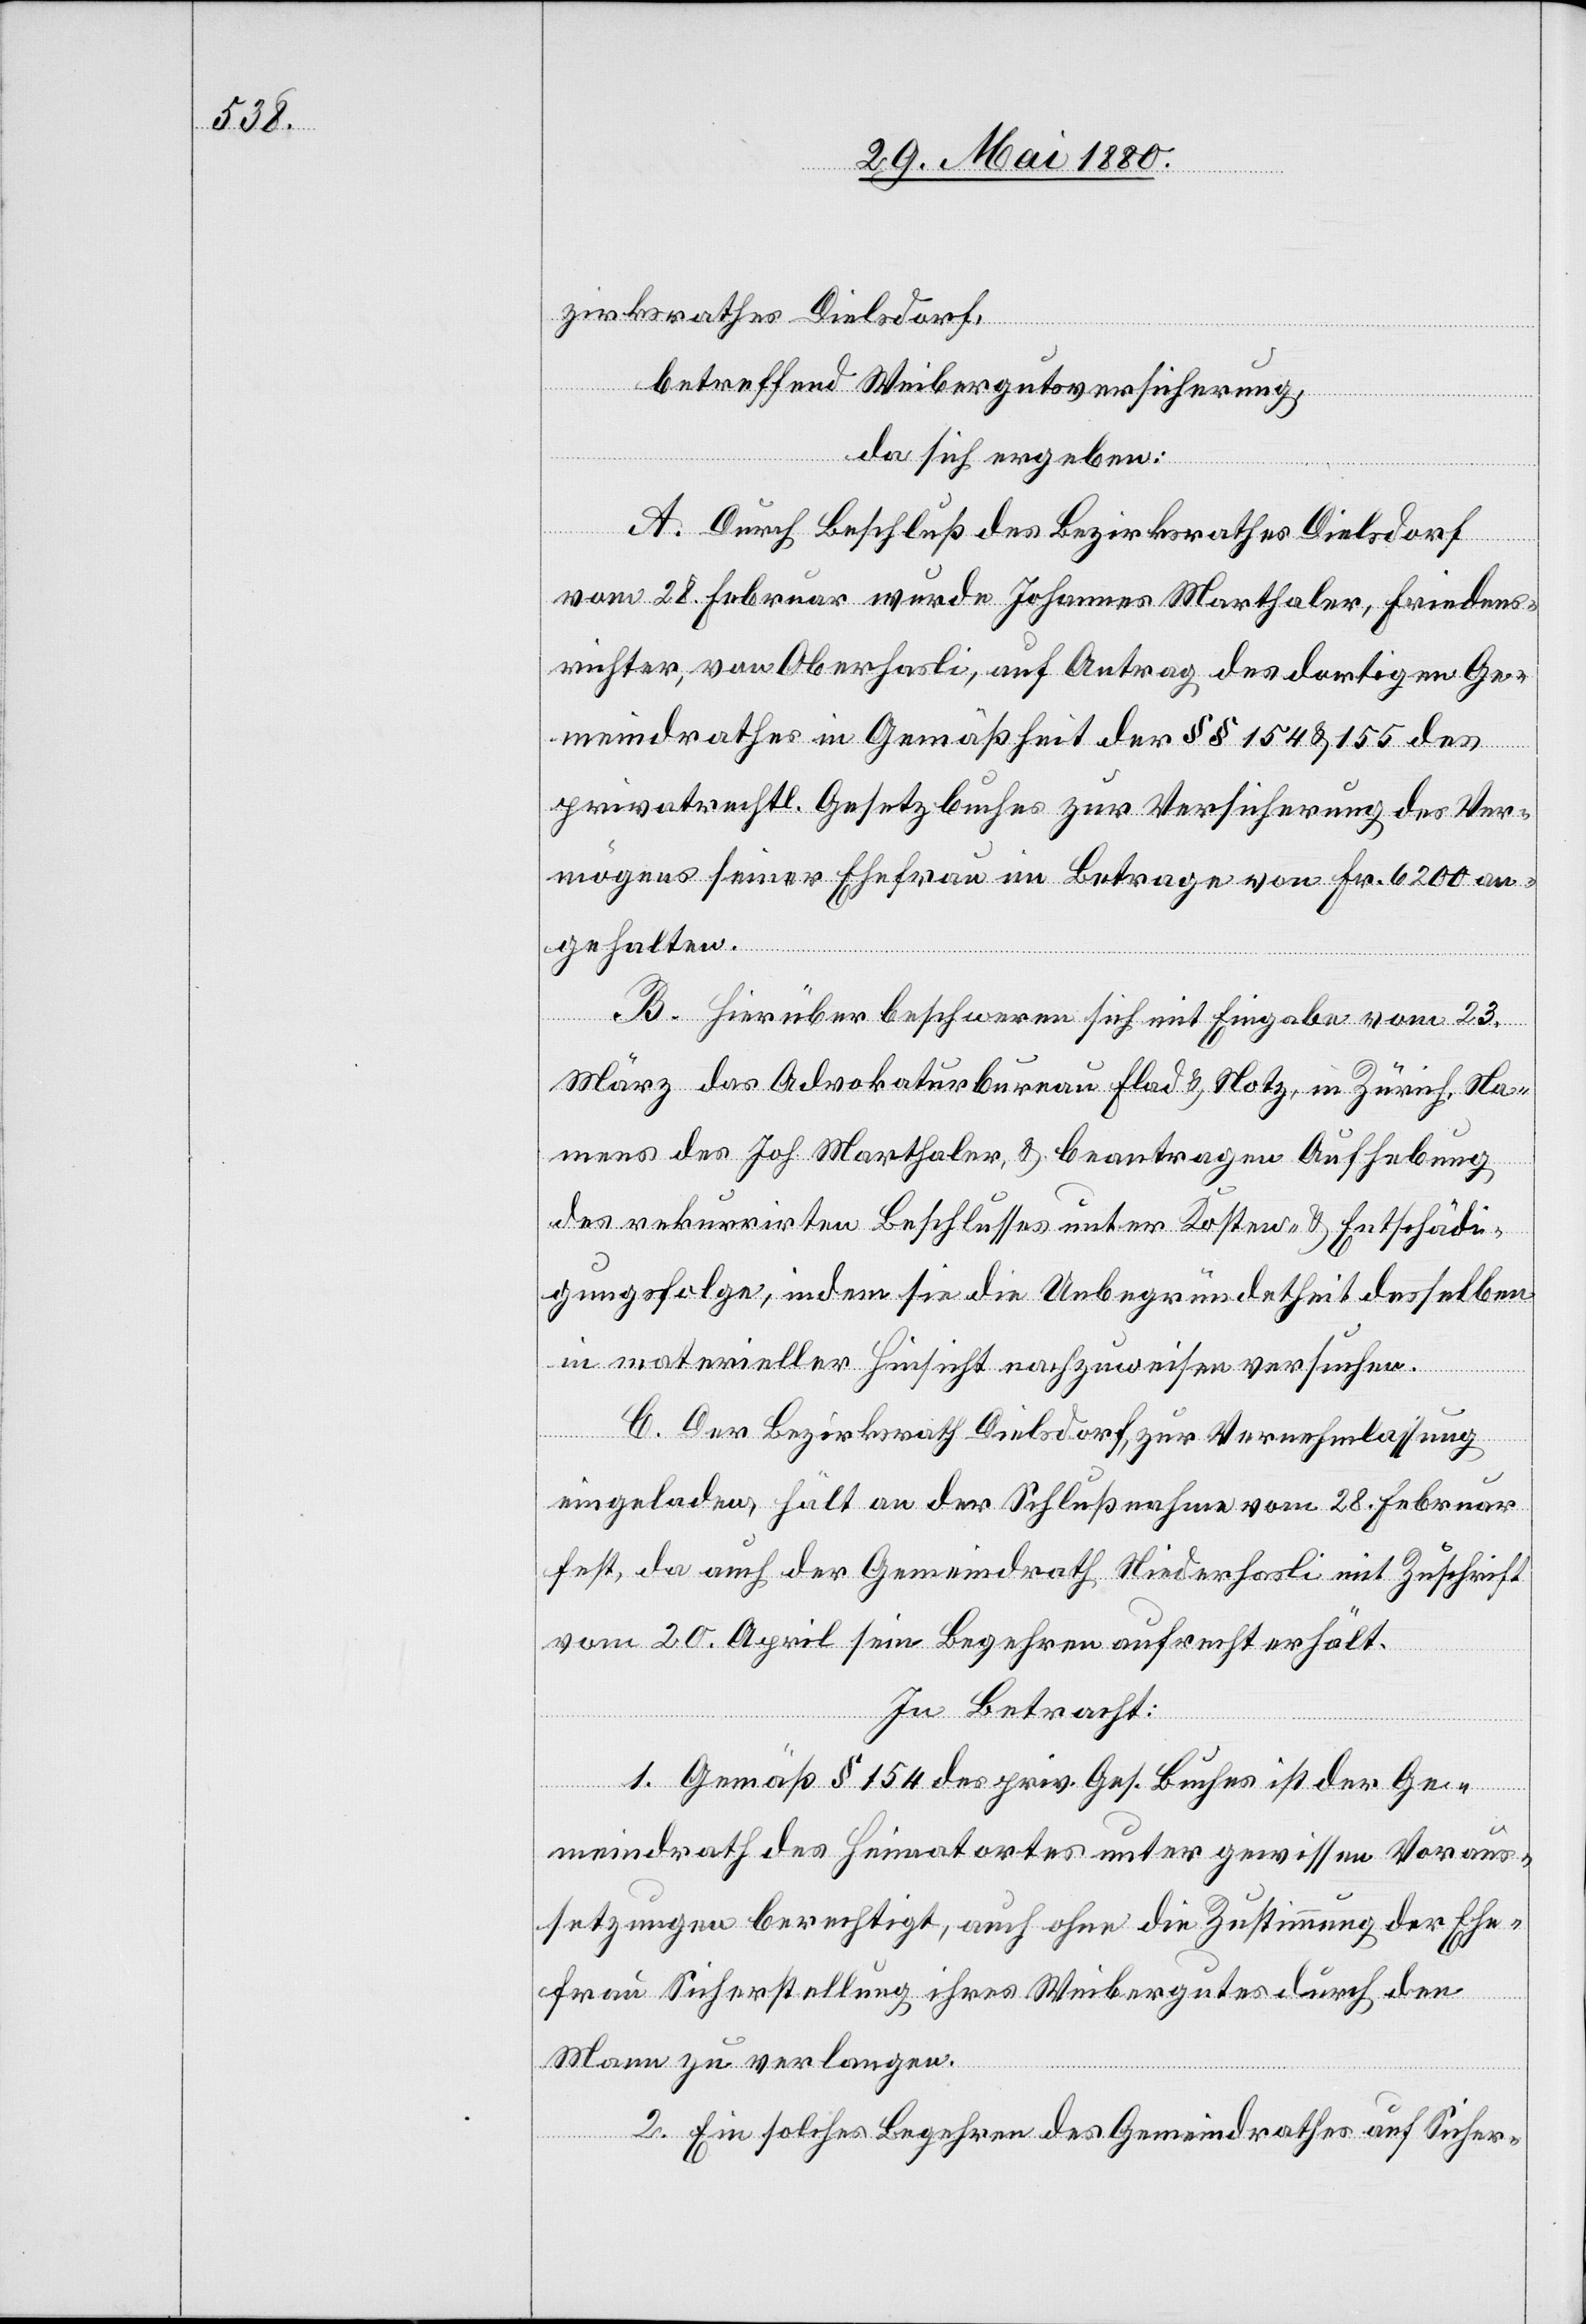
zirksrathes Dielsdorf,
betreffend Weibergutsversicherung,
da sich ergeben:
A. Durch Beschluß des Bezirksrathes Dielsdorf
vom 28. Februar wurde Johannes Marthaler, Friedens¬
richter, von Oberhasli, auf Antrag des dortigen Ge¬
meindrathes in Gemäßheit der §§ 154 & 155 des
privatrechtl. Gesetzbuches zur Versicherung des Ver¬
mögens seiner Ehefrau im Betrage von Fr. 6200 an¬
gehalten.
B. Hierüber beschweren sich mit Eingabe vom 23.
März das Advokaturbureau Flad & Notz, in Zürich, Na¬
mens des Joh. Marthaler, & beantragen Aufhebung
des rekurrirten Beschlusses unter Kosten- & Entschädi¬
gungsfolge, indem sie die Unbegründetheit desselben
in materieller Hinsicht nachzuweisen versuchen.
C. Der Bezirksrath Dielsdorf, zur Vernehmlassung
eingeladen, hält an der Schlußnahme vom 28. Februar
fest, da auch der Gemeindrath Niederhasli mit Zuschrift
vom 20. April sein Begehren aufrecht erhält.
In Betracht:
1. Gemäß § 154 des priv. Ges. Buches ist der Ge¬
meindrath des Heimatortes unter gewissen Voraus¬
setzungen berechtigt, auch ohne die Zustimmung der Ehe¬
frau Sicherstellung ihres Weibergutes durch den
Mann zu verlangen.
2. Ein solches Begehren des Gemeindrathes auf Sicher-